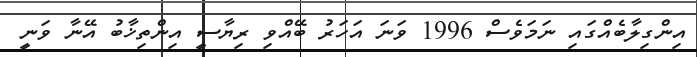
އިންގިލާބެއްގައި ނަމަވެސް 1996 ވަނަ އަހަރު ބޭއްވި ރިޔާސީ އިންތިޚާބު އޭނާ ވަނީ